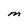
Character: M